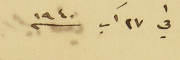
في ٢٧ آب سنه ١٩٤٠